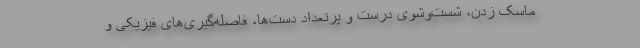
ماسک زدن، شست‌وشوی درست و پرتعداد دست‌ها، فاصله‌گیری‌های فیزیکی و